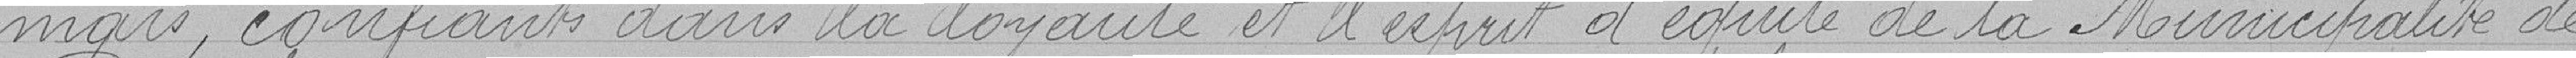
mais, confiants dans la loyauté et l'esprit d'équité de la Municipalité de